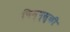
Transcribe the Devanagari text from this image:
चिम्प्स्की